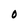
Character: O